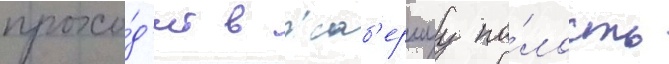
прохо́д'ит в жаб'ернуу по́лость